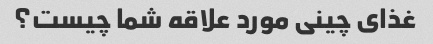
غذای چینی مورد علاقه شما چیست؟